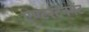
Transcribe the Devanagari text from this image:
एण्टरटेनमेंट